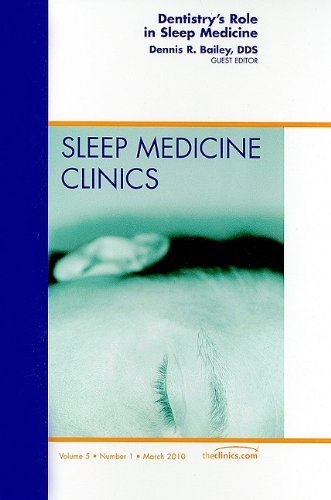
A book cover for Dentistry's Role in Sleep Medicine, An Issue of Sleep Medicine Clinics, 1e (The Clinics: Internal Medicine); Dennis R. Bailey DDS; Health, Fitness & Dieting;